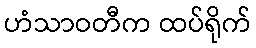
ဟံသာဝတီက ထပ်ရိုက်